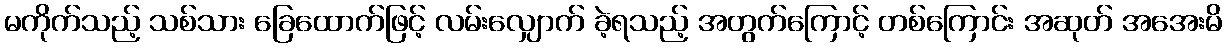
မကိုက်သည့် သစ်သား ခြေထောက်ဖြင့် လမ်းလျှောက် ခဲ့ရသည့် အတွက်ကြောင့် တစ်ကြောင်း အဆုတ် အအေးမိ